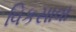
વિકસાવા